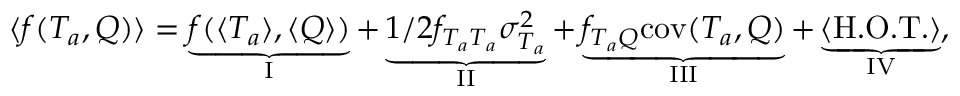
\langle f ( T _ { a } , Q ) \rangle = \underbrace { f ( \langle T _ { a } \rangle , \langle Q \rangle ) } _ { \mathrm { I } } + \underbrace { 1 / 2 f _ { T _ { a } T _ { a } } \sigma _ { T _ { a } } ^ { 2 } } _ { \mathrm { I I } } + \underbrace { f _ { T _ { a } Q } \mathrm { c o v } ( T _ { a } , Q ) } _ { \mathrm { I I I } } + \underbrace { \langle \mathrm { H . O . T . } \rangle } _ { \mathrm { I V } } ,